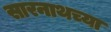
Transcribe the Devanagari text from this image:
सारनाथच्या